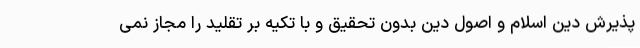
پذیرش دین اسلام و اصول دین بدون تحقیق و با تکیه بر تقلید را مجاز نمی